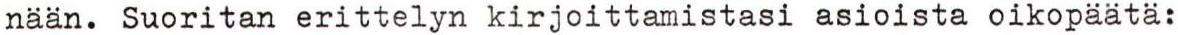
nään. Suoritan erittelyn kirjoittamistasi asioista oikopäätä: